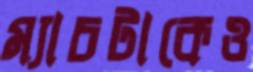
ম্যাচটাকেও